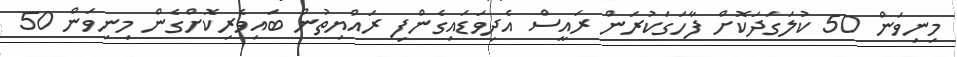
މިނިވަން 50 ކުލަގަދަކޮށް ފާހަގަކުރަން ރައީސް އެދިވަޑައިގެންފި ރައްޔިތުން ބައިވެެރިކޮށްގެން މިނިވަން 50